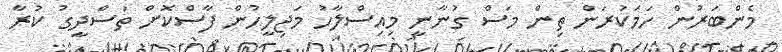
މެންބަރުން ހަމަކުރަން ތިން މަސް ގުނާނީ މިއިސްލާހު މަޖިލީހުން ފާސްކޮށް ތަސްދީގު ކުރާ